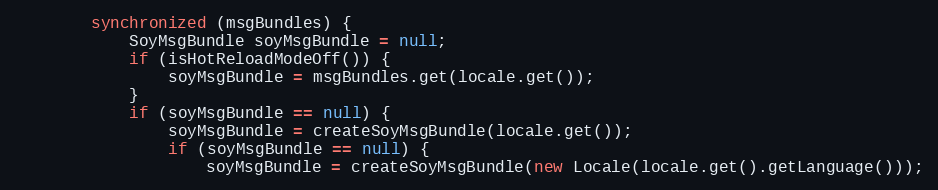
Language: Java
        synchronized (msgBundles) {
            SoyMsgBundle soyMsgBundle = null;
            if (isHotReloadModeOff()) {
                soyMsgBundle = msgBundles.get(locale.get());
            }
            if (soyMsgBundle == null) {
                soyMsgBundle = createSoyMsgBundle(locale.get());
                if (soyMsgBundle == null) {
                    soyMsgBundle = createSoyMsgBundle(new Locale(locale.get().getLanguage()));